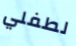
لطفلي